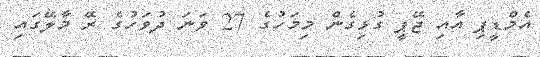
އެމްޑީޕި އާއި ޖޭޕީ ގުޅިގެން މިމަހުގެ 27 ވަނަ ދުވަހުގެ ރޭ މާލޭގައި